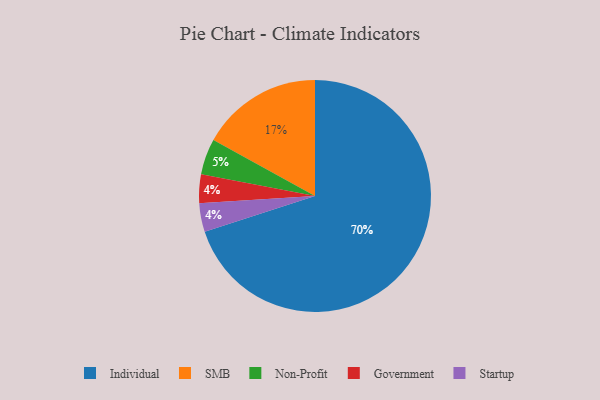
{"axis": {"x": "Category", "y": "Percentage"}, "legend": ["Government", "Individual", "Non-Profit", "SMB", "Startup"], "data": [{"x": "Individual", "y": 70, "type": "Individual"}, {"x": "Government", "y": 4, "type": "Government"}, {"x": "Non-Profit", "y": 5, "type": "Non-Profit"}, {"x": "Startup", "y": 4, "type": "Startup"}, {"x": "SMB", "y": 17, "type": "SMB"}]}